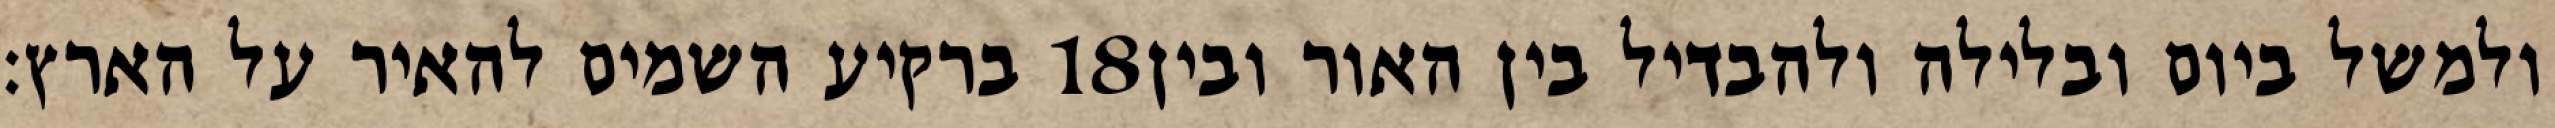
ברקיע השמים להאיר על הארץ׃ ‎18‏ ולמשל ביום ובלילה ולהבדיל בין האור ובין